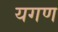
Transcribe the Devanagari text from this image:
यगण